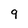
Character: 9